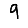
Digit: 9